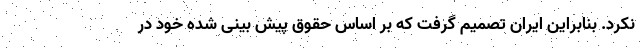
نکرد. بنابراین ایران تصمیم گرفت که بر اساس حقوق پیش بینی شده خود در